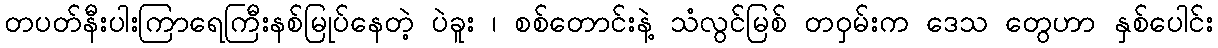
တပတ်နီးပါးကြာရေကြီးနစ်မြုပ်နေတဲ့ ပဲခူး ၊ စစ်တောင်းနဲ့ သံလွင်မြစ် တဝှမ်းက ဒေသ တွေဟာ နှစ်ပေါင်း